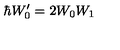
\hbar W _ { 0 } ^ { \prime } = 2 W _ { 0 } W _ { 1 }